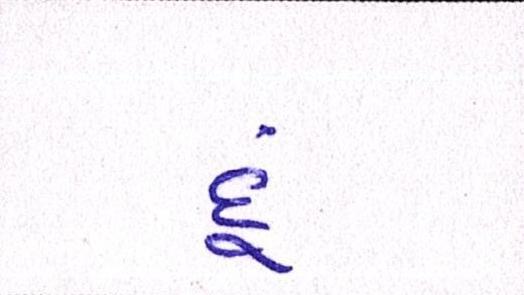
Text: દૂં